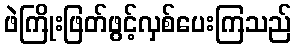
ဖဲကြိုးဖြတ်ဖွင့်လှစ်ပေးကြသည်